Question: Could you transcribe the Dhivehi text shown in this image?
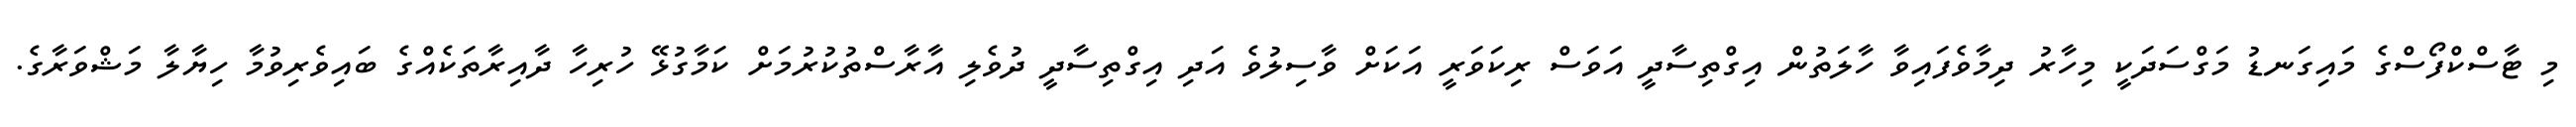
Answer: މި ޓާސްކްފޯސްގެ މައިގަނޑު މަގްސަދަކީ މިހާރު ދިމާވެފައިވާ ހާލަތުން އިގްތިސާދީ އަވަސް ރިކަވަރީ އަކަށް ވާސިލުވެ އަދި އިގްތިސާދީ ދުވެލި އާރާސްތުކުރުމަށް ކަމާގުޅޭ ހުރިހާ ދާއިރާތަކެއްގެ ބައިވެރިވުމާ ހިޔާލާ މަޝްވަރާގެ.